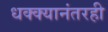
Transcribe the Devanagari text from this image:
धक्क्यानंतरही